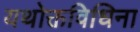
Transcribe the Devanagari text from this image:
यथोक्तविधिना